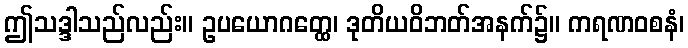
ဤသဒ္ဒါသည်လည်း။ ဥပယောဂတ္ထေ၊ ဒုတိယဝိဘတ်အနက်၌။ ကရဏဝစနံ၊